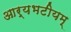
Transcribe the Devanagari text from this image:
आर्यभटीयम्‌